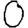
Digit: 0